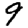
Digit: 9